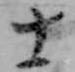
十